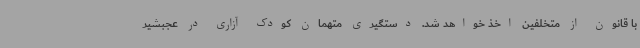
با قانون از متخلفین اخذ خواهد شد. دستگیری متهمان کودک آزاری در عجبشیر